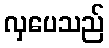
လှပေသည်